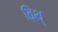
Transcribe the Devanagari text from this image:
विथ्